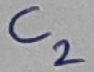
Text: C2